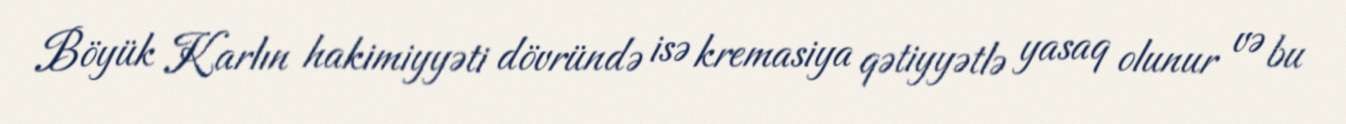
Böyük Karlın hakimiyyəti dövründə isə kremasiya qətiyyətlə yasaq olunur və bu